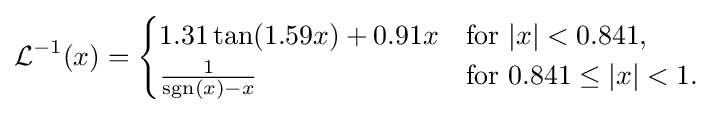
{\mathcal {L}}^{-1}(x)={\begin{cases}1.31\tan(1.59x)+0.91x&{\text{for}}\ |x|<0.841,\\{\tfrac {1}{\operatorname {sgn} (x)-x}}&{\text{for}}\ 0.841\leq |x|<1.\end{cases}}